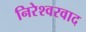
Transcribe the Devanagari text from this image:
निरेश्वरवाद